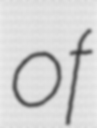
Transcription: of